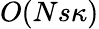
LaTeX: O(Ns\kappa)